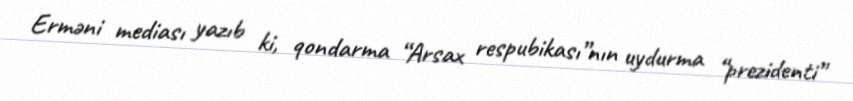
Erməni mediası yazıb ki, qondarma “Arsax respubikası”nın uydurma “prezidenti”